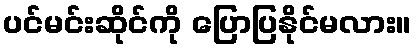
ပင်မင်းဆိုင်ကို ပြောပြနိုင်မလား။